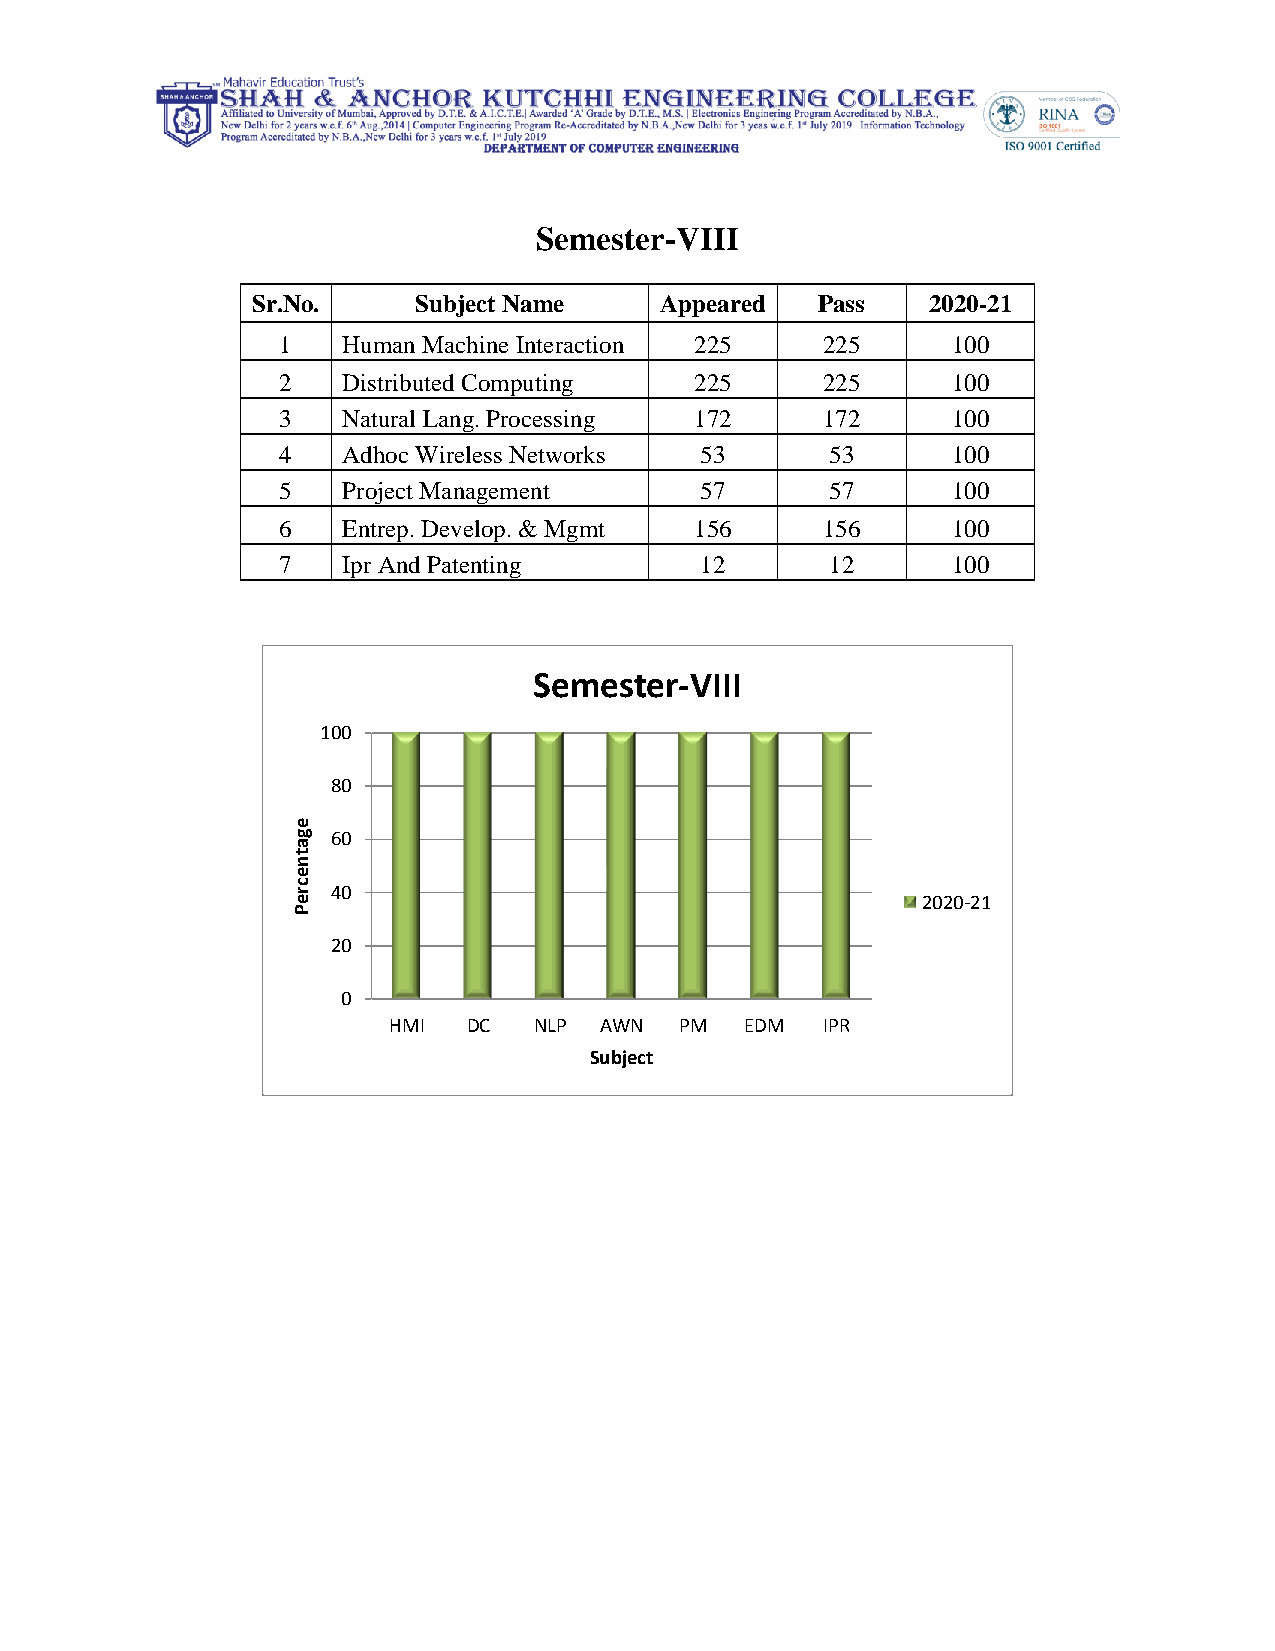
Semester-VIII
 Sr.No.    Subject Name     Appeared  Pass   2020-21
 1    Human Machine Interaction 225  225      100
 2    Distributed Computing  225     225      100
 3    Natural Lang. Processing 172   172      100
 4    Adhoc Wireless Networks 53      53      100
 5    Project Management     57       57      100
 6    Entrep. Develop. & Mgmt 156    156      100
 7    Ipr And Patenting      12       12      100
 Semester-VIII
 100
 80
 e
 g  60
 a
 t
 n
 e
 c r 40
 e                                         2020-21
 P
 20
 0
 HMI  DC  NLP  AWN  PM  EDM  IPR
 Subject